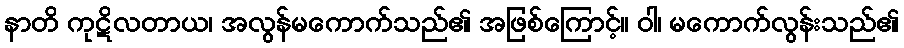
နာတိ ကုဋိလတာယ၊ အလွန်မကောက်သည်၏ အဖြစ်ကြောင့်။ ဝါ၊ မကောက်လွန်းသည်၏